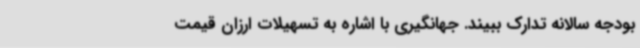
بودجه سالانه تدارک ببیند. جهانگیری با اشاره به تسهیلات ارزان قیمت